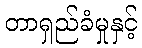
တာရှည်ခံမှုနှင့်